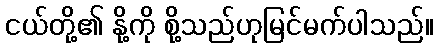
ငယ်တို့၏ နို့ကို စို့သည်ဟုမြင်မက်ပါသည်။